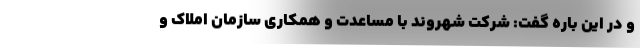
و در این باره گفت: شرکت شهروند با مساعدت و همکاری سازمان املاک و